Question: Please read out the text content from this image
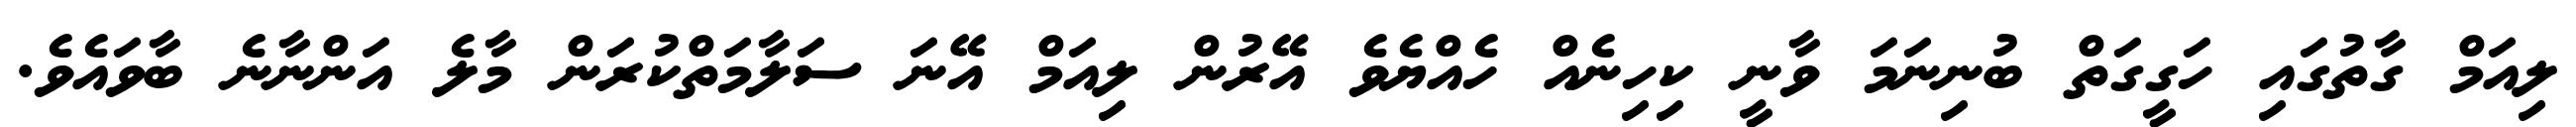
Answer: ލިއަމް ގާތުގައި ހަގީގަތް ބުނިނަމަ ވާނީ ކިހިނެއް ހެއްޔެވެ އޭރުން ލިއަމް އޭނަ ސަލާމަތްކުރަން މާލެ އަންނާނެ ބާވައެވެ.